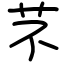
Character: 芣